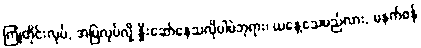
ကြုံတိုင်းလုပ်, အမြဲလုပ်လို့ နှိုးဆော်နေသလိုပါပဲဘုရား၊ ယနေ့သေမည်လား, မနက်ဖန်